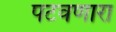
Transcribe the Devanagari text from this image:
पटवणारा